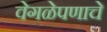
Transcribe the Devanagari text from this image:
वेगळेपणाचे